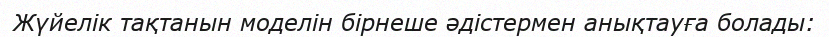
Жүйелік тақтанын моделін бірнеше әдістермен анықтауға болады: